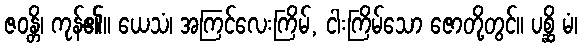
ဇဝန္တိ၊ ကုန်၏။ ယေသံ၊ အကြင်လေးကြိမ်, ငါးကြိမ်သော ဇောတို့တွင်။ ပစ္ဆိ မံ၊